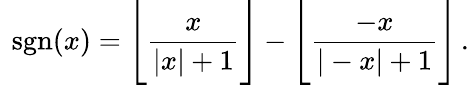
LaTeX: \ \operatorname{sgn}(x)={\Bigg\lfloor}{\frac{x}{|x|+1}}{\Bigg\rfloor}-{\Bigg\lfloor}{\frac{-x}{|-x|+1}}{\Bigg\rfloor}\, .